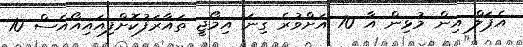
އެޕަލް އިން މުޅިން އާ 70 އަށްވުރެ ގިނަ އިމޯޖީ ތައާރަފުކޮށްފިއައިއޯއެސް 10